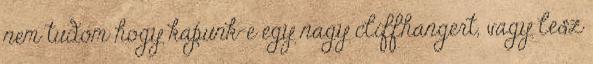
nem tudom hogy kapunk-e egy nagy cliffhangert, vagy lesz